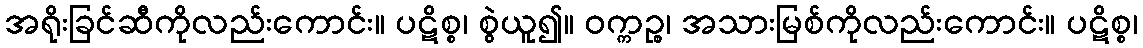
အရိုးခြင်ဆီကိုလည်းကောင်း။ ပဋိစ္စ၊ စွဲယူ၍။ ဝက္ကဉ္စ၊ အသားမြစ်ကိုလည်းကောင်း။ ပဋိစ္စ၊